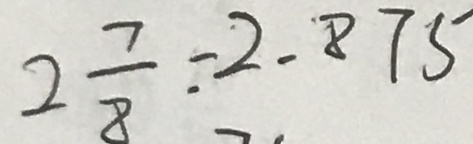
2 \frac { 7 } { 8 } : 2 . 8 7 5